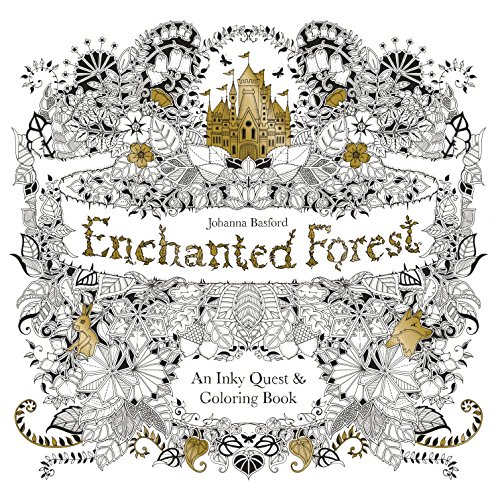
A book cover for Enchanted Forest: An Inky Quest & Coloring Book; Humor & Entertainment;